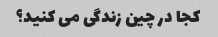
کجا در چین زندگی می کنید؟